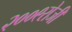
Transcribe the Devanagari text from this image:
२००९रोजी